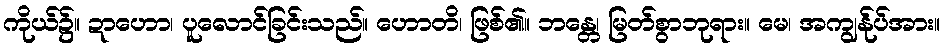
ကိုယ်၌။ ဍာဟော၊ ပူလောင်ခြင်းသည်။ ဟောတိ၊ ဖြစ်၏။ ဘန္တေ၊ မြတ်စွာဘုရား။ မေ၊ အကျွန်ုပ်အား။